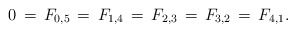
\begin{align*}0\,=\,F_{0,5}\,=\,F_{1,4}\,=\,F_{2,3}\,=\,F_{3,2}\,=\,F_{4,1}.\end{align*}